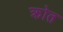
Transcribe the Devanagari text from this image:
क्रोत